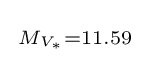
{\begin{smallmatrix}M_{V_{\ast }}=11.59\end{smallmatrix}}